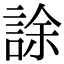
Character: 𧧶